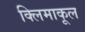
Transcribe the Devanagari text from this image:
क्लिमाकूल